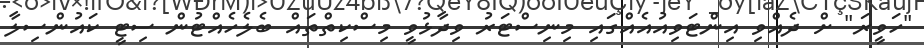
"ހަވީރަ" ށް ދެއްވި އިންޓަވިއުއެއްގައި މިނިސްޓަރު ވިދާޅުވީ މިސްކިތްތައް ބެލެހެއްޓުން ސިޓީ ކައުންސިލާ